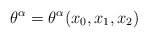
\begin{align*}\theta ^{\alpha }=\theta ^{\alpha }(x_{0},x_{1},x_{2})\end{align*}